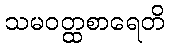
သမဝတ္ထစာရေတိ